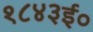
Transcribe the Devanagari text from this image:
१८४३ई०